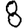
Digit: 8